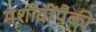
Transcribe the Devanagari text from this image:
मशीदींपैकी